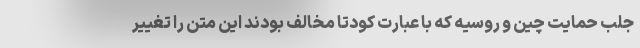
جلب حمایت چین و روسیه که با عبارت کودتا مخالف بودند این متن را تغییر